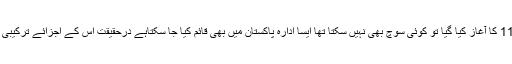
کئی سال پہلے جب ریسکیو 1122 کا آغاز کیا گیا تو کوئی سوچ بھی نہیں سکتا تھا ایسا ادارہ پاکستان میں بھی قائم کیا جا سکتاہے درحقیقت اس کے اجزائے ترکیبی میں ترتیب کا بڑا عمل دخل ہے۔